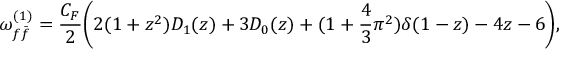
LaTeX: \omega _ { f { \bar { f } } } ^ { ( 1 ) } = { \frac { C _ { F } } { 2 } } \biggl ( 2 ( 1 + z ^ { 2 } ) { \cal D } _ { 1 } ( z ) + 3 { \cal D } _ { 0 } ( z ) + ( 1 + { \frac { 4 } { 3 } } \pi ^ { 2 } ) \delta ( 1 - z ) - 4 z - 6 \biggr ) ,